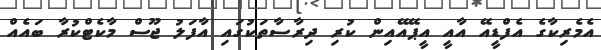
އެމެރިކާގެ އެފްޑީއޭ އާއީ އީޕޭއޭއިން ކުރި ދިރާސާތަކުގައި އާފަލު ޖޫސް މާކެޓްކުރާ ބައެއް